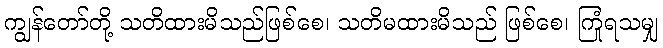
ကျွန်တော်တို့ သတိထားမိသည်ဖြစ်စေ၊ သတိမထားမိသည် ဖြစ်စေ၊ ကြုံရသမျှ